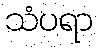
သံပရာ